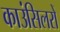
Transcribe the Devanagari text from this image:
काउंसिलरों